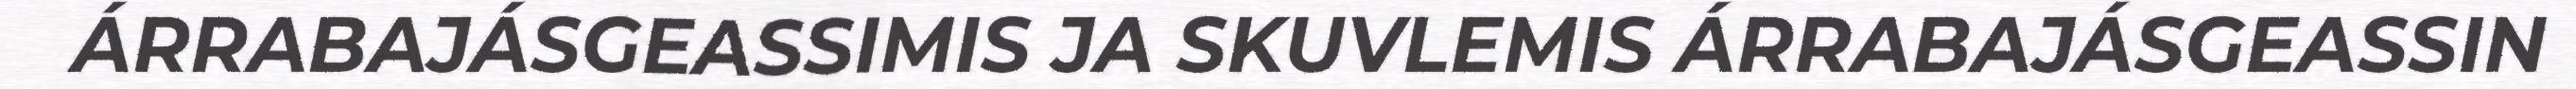
ÁRRABAJÁSGEASSIMIS JA SKUVLEMIS ÁRRABAJÁSGEASSIN